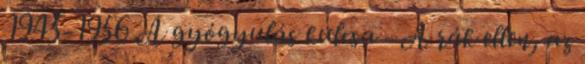
1945-1956 A gyógyulás kulcsa - A rák ellen, az